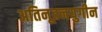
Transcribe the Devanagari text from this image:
अतिनूतनयुगीन